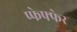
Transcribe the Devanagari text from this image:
प्फेफ्फेर